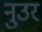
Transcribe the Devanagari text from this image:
नुउर